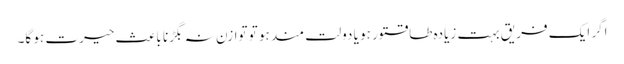
اگر ایک فریق بہت زیادہ طاقتور ہو یا دولت مند ہو تو توازن نہ بگڑنا باعثِ حیرت ہو گا۔